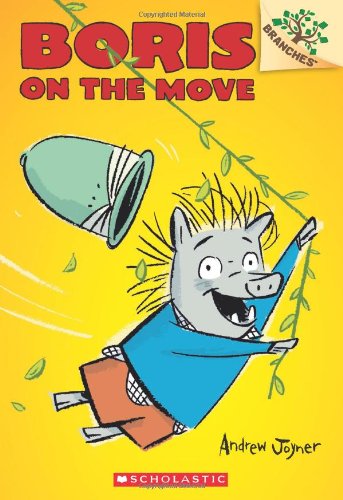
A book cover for Boris #1: Boris on the Move (A Branches Book); Andrew Joyner; Children's Books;